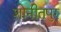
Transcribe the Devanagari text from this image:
शोनीतपुर